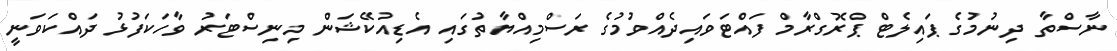
ނާސްތާ ދިނުމުގެ ޕައިލެޓް ޕްރޮގްރާމް ފައްޓަވައިދެއްވުމުގެ ރަސްމިއްޔާތުގައި އެޑިއުކޭޝަން މިނިސްޓަރު ވާހަކަފުޅު ދައްކަވަނީ